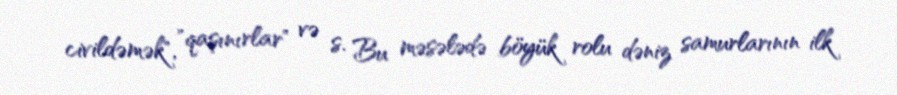
civildəmək", "qaşınırlar" və s. Bu məsələdə böyük rolu dəniz samurlarının ilk